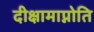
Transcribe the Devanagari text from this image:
दीक्षामाप्नोति